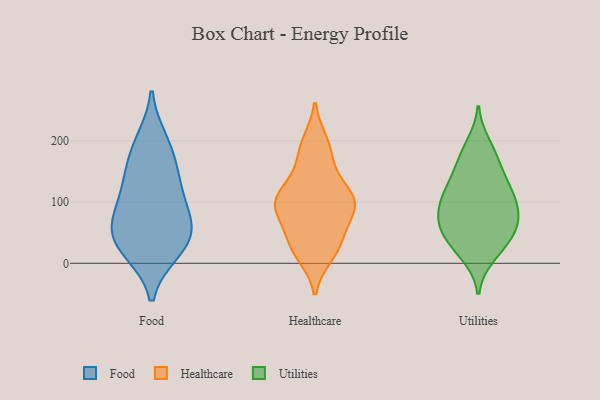
{"axis": {"x": "Latency (ms)", "y": "Value"}, "legend": ["Food", "Healthcare", "Utilities"], "data": [{"x": "", "y": 182, "type": "Food"}, {"x": "", "y": 78, "type": "Food"}, {"x": "", "y": 51, "type": "Food"}, {"x": "", "y": 138, "type": "Food"}, {"x": "", "y": 61, "type": "Food"}, {"x": "", "y": 21, "type": "Food"}, {"x": "", "y": 136, "type": "Food"}, {"x": "", "y": 44, "type": "Food"}, {"x": "", "y": 22, "type": "Food"}, {"x": "", "y": 101, "type": "Food"}, {"x": "", "y": 199, "type": "Food"}, {"x": "", "y": 109, "type": "Healthcare"}, {"x": "", "y": 169, "type": "Healthcare"}, {"x": "", "y": 131, "type": "Healthcare"}, {"x": "", "y": 98, "type": "Healthcare"}, {"x": "", "y": 38, "type": "Healthcare"}, {"x": "", "y": 108, "type": "Healthcare"}, {"x": "", "y": 81, "type": "Healthcare"}, {"x": "", "y": 12, "type": "Healthcare"}, {"x": "", "y": 165, "type": "Healthcare"}, {"x": "", "y": 113, "type": "Healthcare"}, {"x": "", "y": 99, "type": "Healthcare"}, {"x": "", "y": 96, "type": "Healthcare"}, {"x": "", "y": 30, "type": "Healthcare"}, {"x": "", "y": 12, "type": "Healthcare"}, {"x": "", "y": 102, "type": "Healthcare"}, {"x": "", "y": 198, "type": "Healthcare"}, {"x": "", "y": 72, "type": "Healthcare"}, {"x": "", "y": 35, "type": "Healthcare"}, {"x": "", "y": 61, "type": "Healthcare"}, {"x": "", "y": 199, "type": "Healthcare"}, {"x": "", "y": 140, "type": "Utilities"}, {"x": "", "y": 175, "type": "Utilities"}, {"x": "", "y": 59, "type": "Utilities"}, {"x": "", "y": 86, "type": "Utilities"}, {"x": "", "y": 194, "type": "Utilities"}, {"x": "", "y": 13, "type": "Utilities"}, {"x": "", "y": 26, "type": "Utilities"}, {"x": "", "y": 101, "type": "Utilities"}, {"x": "", "y": 107, "type": "Utilities"}, {"x": "", "y": 116, "type": "Utilities"}, {"x": "", "y": 29, "type": "Utilities"}, {"x": "", "y": 64, "type": "Utilities"}, {"x": "", "y": 133, "type": "Utilities"}, {"x": "", "y": 168, "type": "Utilities"}, {"x": "", "y": 104, "type": "Utilities"}, {"x": "", "y": 70, "type": "Utilities"}, {"x": "", "y": 52, "type": "Utilities"}, {"x": "", "y": 61, "type": "Utilities"}]}